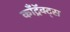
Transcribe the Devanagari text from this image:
काँट्रॅक्ट्स